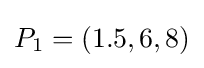
P_{1}=(1.5,6,8)